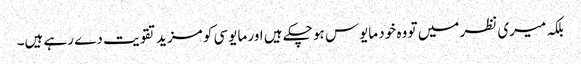
بلکہ میری نظر میں تو وہ خود مایوس ہو چکے ہیں اور مایوسی کو مزید تقویت دے رہے ہیں۔